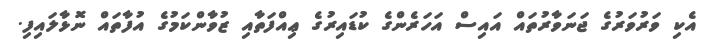
އެކި ވަރުވަރުގެ ޖަނަވާރުތައް އައިސް އަހަރެންގެ ކުޑައިރުގެ ޢިއްފަތާއި ޒުވާންކަމުގެ އުފާތައް ނޮޅާލައިފި.